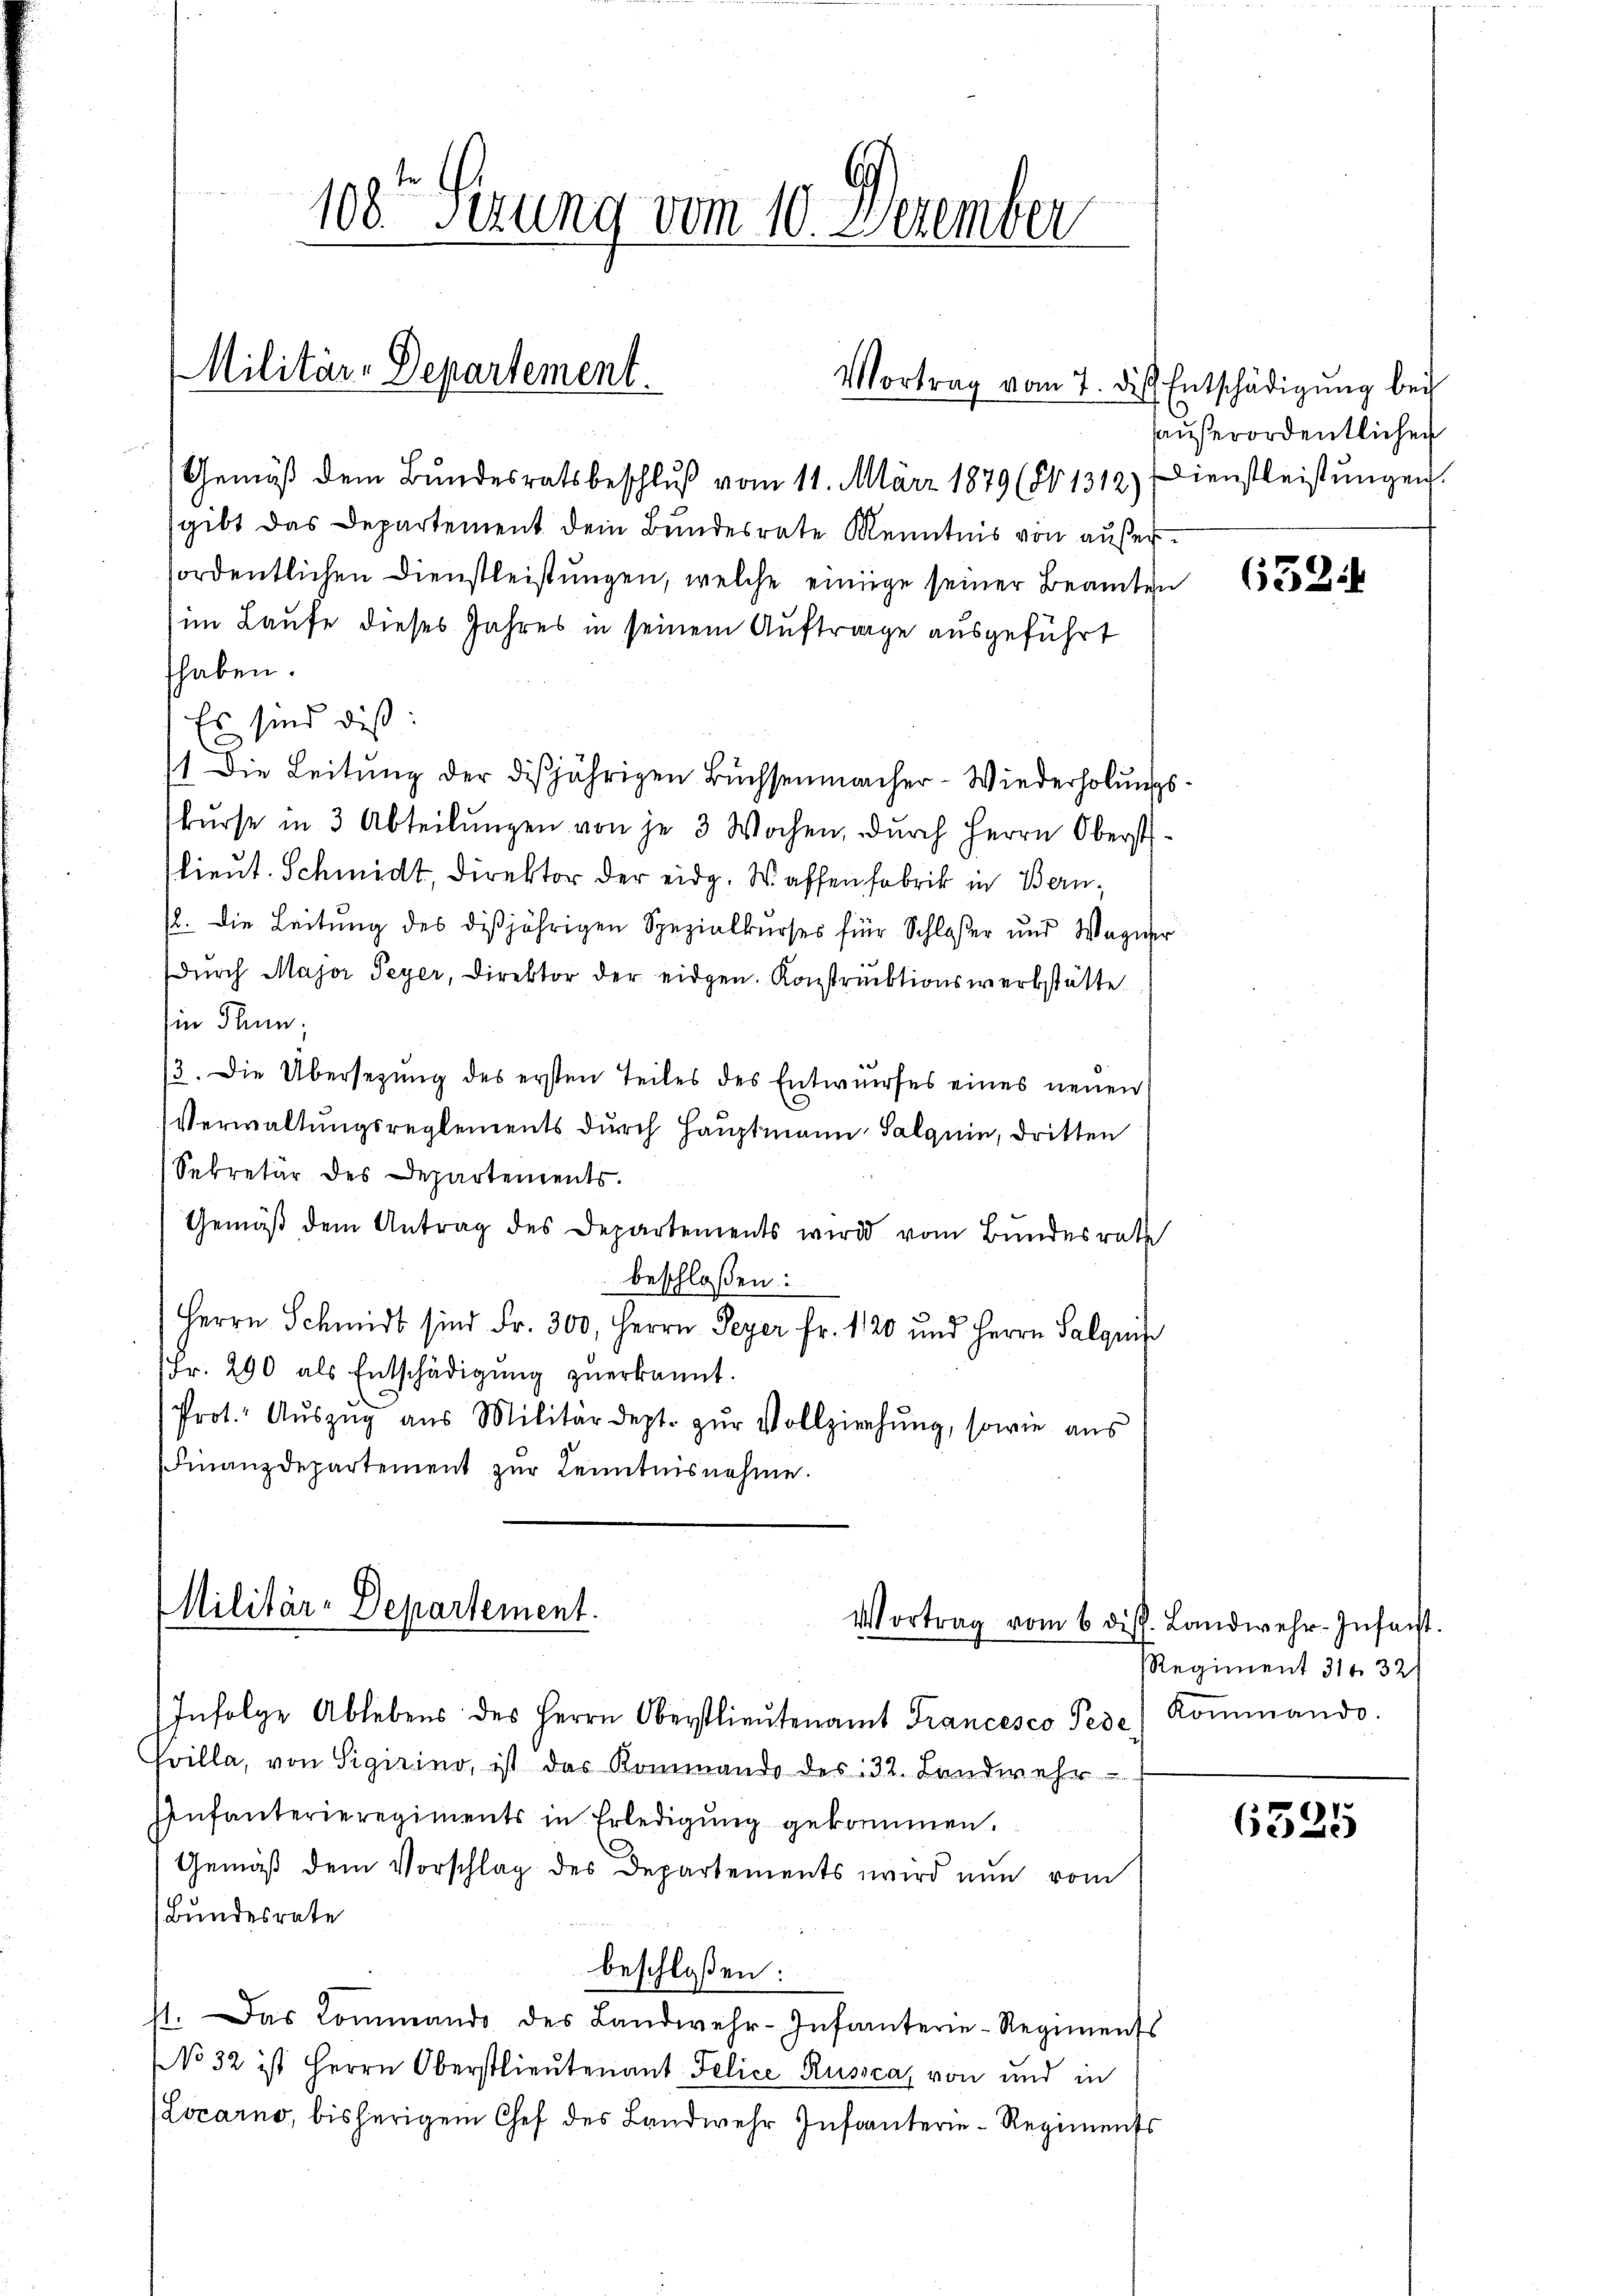
108. Sezung vom 10. Dezember

Militär-Departement.
Vortrag vom 7. des Entschädigung bei

(Gemäß dem Bundesratsbeschluß vom 11. März 1879 (801312) Dienstleistungen.
sgibt das Departement dem Bundesrate Kenntnis von außerfordentlichen Dienstleistungen, welche einige seiner Beamten
im Laufe dieses Jahres in seinem Auftrage ausgeführt
haben.
Es sind dis:
1 Die Leitung der disjährigen Büchsenmacher-Wiederholungskŭrse in 3 Abteilŭngen von je 3 Wochen, durch Herrn Oberst
lieut. Schmidt, Direktor der eidg. Waffenfabrik in Bern,
/. die Leitung des dißjährigen Spezialkurses für Schloßer und Wagner
durch Major Peyer, Direktor der eidgen. Konstruktionswerkstätte
Ein Thun;
/3. Die Übersezung des ersten Teiles des Entwurfes eines neuen
Verwaltungsreglements durch Hauptmann Salquin, dritten
Sekretär des Departements.
Gemäß dem Antrag des Departements wird vom Bundesrath
beschloßen:
Herrn Schmidt sind Fr. 300, Herrn Peyer Fr. 120 und Herrn Salquit
Fr. 290 als Entschädigŭng zŭerkannt.
Prot. Aŭszŭg aŭs Militärdept. zŭr Vollziehŭng, sowie aŭs
Finanzdepartement zŭr Kenntnisnahme.

Militär-Departement.
Vortrag vom 6. dis. Landwehr-Infanst

Infolge Ablebens des Herrn Oberstlieutenamt Francesco Pede
Frilla, von Sigirino, ist das Kommando des 32. Landwehr
Infanterieregiments in Erledigung gekommen.
Gemäß dem Vorschlag des Departements wird nun vom
Bundesrate
beschloßen:
11. Das Commando des Landwehr-Infanterie-Regiments
NNo 32 ist Herrn Oberstlieutenant Felice Russca, von und in
Locarno, bisherigem Chef des Landwehr Infanterie-Regiments

haußerordentlichen

632:

Regiment 31 32
Kommando.

6325